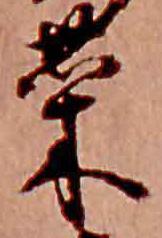
菜